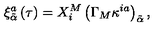
\xi _ { \tilde { \alpha } } ^ { a } \left( \tau \right) = X _ { i } ^ { M } \left( \Gamma _ { M } \kappa ^ { i a } \right) _ { \tilde { \alpha } } ,